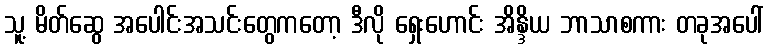
သူ့ မိတ်ဆွေ အပေါင်းအသင်းတွေကတော့ ဒီလို ရှေးဟောင်း အိန္ဒိယ ဘာသာစကား တခုအပေါ်